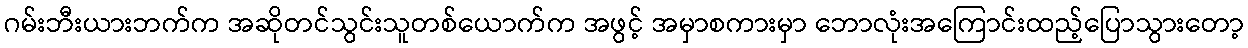
ဂမ်းဘီးယားဘက်က အဆိုတင်သွင်းသူတစ်ယောက်က အဖွင့် အမှာစကားမှာ ဘောလုံးအကြောင်းထည့်ပြောသွားတော့